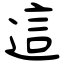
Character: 這